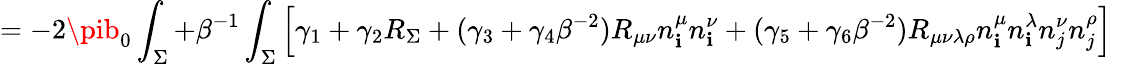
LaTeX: =-2\pib_{0}\int_{\Sigma}+\beta^{-1}\int_{\Sigma}\left[\gamma_{1}+\gamma_{2}R_{\Sigma}+(\gamma_{3}+\gamma_{4}\beta^{-2})R_{\mu\nu}n_{\mathbf{i}}^{\mu}n_{\mathbf{i}}^{\nu}+(\gamma_{5}+\gamma_{6}\beta^{-2})R_{\mu\nu\lambda\rho}n_{\mathbf{i}}^{\mu}n_{\mathbf{i}}^{\lambda}n_{j}^{\nu}n_{j}^{\rho}\right]~~~